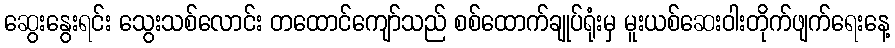
ဆွေးနွေးရင်း သွေးသစ်လောင်း တထောင်ကျော်သည် စစ်ထောက်ချုပ်ရုံးမှ မူးယစ်ဆေးဝါးတိုက်ဖျက်ရေးနေ့